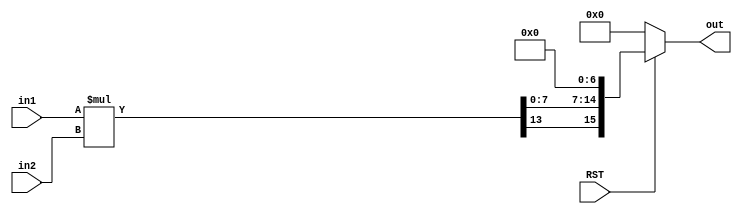
`timescale 1ns / 1ps
///////////////////////////////////////////////////////////////////////////////
// Company:        San Diego State University
// Engineer:       
// 
// Design Name: 
// Module Name:    fpMult1 
// Project Name: 
// Target Devices: 
// Tool versions: 
// Description: 
//
// Dependencies: 
//
// Revision: 
// Revision 0.01 - File Created
// Additional Comments: 
// This program is free software: you can redistribute it and/or modify
// it under the terms of the GNU General Public License as published by
// the Free Software Foundation, either version 3 of the License, or
// (at your option) any later version.
//
// This program is distributed in the hope that it will be useful,
// but WITHOUT ANY WARRANTY; without even the implied warranty of
// MERCHANTABILITY or FITNESS FOR A PARTICULAR PURPOSE.  See the
// GNU General Public License for more details.
//
// You should have received a copy of the GNU General Public License
// along with this program.  
// If not, see <https://www.gnu.org/licenses/>
///////////////////////////////////////////////////////////////////////////////
`define X_trc (WIO>=2)? (WIO-2+frcL) : frcL

module fpMult1
 # (parameter  WI1 = 4, 		//length of the integer part, operand 1
               WF1 = 3, 		//length of the fraction part, operand 1
               WI2 = 2, 		//length of the integer part, operand 2
               WF2 = 5,		  //length of the fraction part, operand 2
               WIO = 1,		
               WFO = 15     		
         ) 		
	(input RST, 
   input signed [WI1+WF1-1 : 0] in1, 
   input signed [WI2+WF2-1 : 0] in2, 
   output reg signed [WIO+WFO-1 : 0] out);
	
parameter intL = WI1+WI2;				//integer length of correct results
parameter frcL = WF1+WF2;				//fraction length of correct results
		
wire [intL+frcL-1 : 0] tmp;			//The output with correct number of bits

reg [WIO-1 : 0] outI;					//The integer part of the output
reg [WFO-1 : 0] outF;					//The fractional part of the output

assign tmp = in1 * in2;

//--------------------adjusting the bitwidth for the fractional part-----------
always  @* begin
	if (WFO >= frcL)						//append 0s to the lsb bits
			outF = {tmp[frcL-1:0] , {(WFO-frcL){1'b0}}};
	else										//WFO<(WF1+WF2): Truncate bits from the LSB bits
			outF = tmp[frcL-1 : frcL-WFO];
end
//-----------------------------------------------------------------------------

//--------------------adjusting the bitwidth for the integer part--------------
always @* begin
	if (WIO>=intL)								//sign extend the integer part
			outI = {{(WIO-intL){tmp[intL+frcL-1]}}, tmp[intL+frcL-1:frcL]};
	else	begin									//WIO<(WI1+WI2)
		if (WIO==1)
			outI = tmp[intL+frcL-1];
		else
		   outI = {tmp[intL+frcL-1], tmp[`X_trc:frcL]};							
	end
end
//-----------------------------------------------------------------------------

//--------------------registering the output-----------------------------------
always @* //(posedge CLK) //if wanna a registered multiplier decommented
	if (!RST) out <= 0;			//negative reset
	else 	//if (WIO==1)			//Adjust back to Integer part = 1	
		out <= {outI [WIO-1:0], outF [WFO-1:0]};
	

endmodule